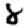
Digit: 8